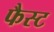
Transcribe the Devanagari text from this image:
फैस्ट